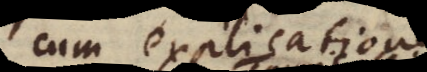
cum explicatione